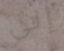
إلى